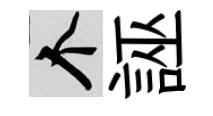
个誣